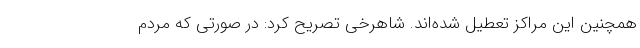
همچنین این مراکز تعطیل شده‌اند. شاهرخی تصریح کرد: در صورتی که مردم